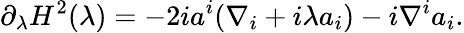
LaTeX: \partial_{\lambda}H^{2}(\lambda)=-2ia^{i}(\nabla_{i}+i\lambda a_{i})-i\nabla^{i}a_{i}.